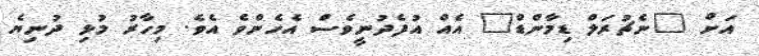
އަށް "ނެޗުރަލް ޑިމާންޑް" އެއް އުފެދުނީވެސް އެހެންވެ އެވެ. މިހާރު މުޅި ދުނިޔެ